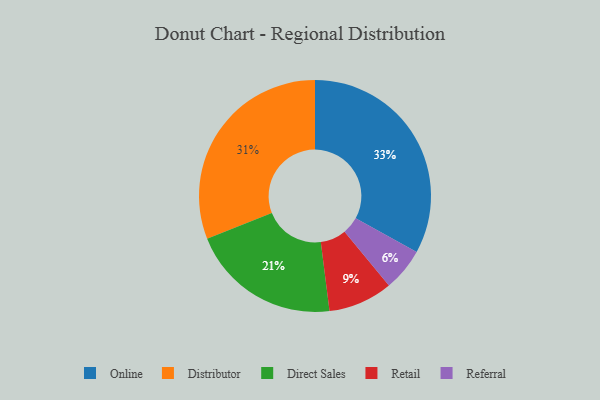
{"axis": {"x": "Category", "y": "Percentage"}, "legend": ["Direct Sales", "Distributor", "Online", "Referral", "Retail"], "data": [{"x": "Direct Sales", "y": 21, "type": "Direct Sales"}, {"x": "Referral", "y": 6, "type": "Referral"}, {"x": "Distributor", "y": 31, "type": "Distributor"}, {"x": "Online", "y": 33, "type": "Online"}, {"x": "Retail", "y": 9, "type": "Retail"}]}